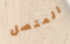
المتصل